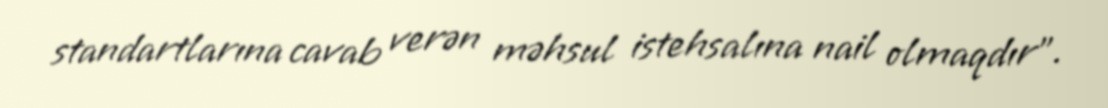
standartlarına cavab verən məhsul istehsalına nail olmaqdır”.